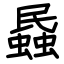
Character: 蟁